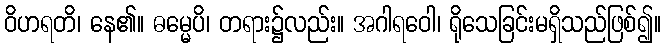
ဝိဟရတိ၊ နေ၏။ ဓမ္မေပိ၊ တရား၌လည်း။ အဂါရဝေါ၊ ရိုသေခြင်းမရှိသည်ဖြစ်၍။